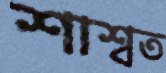
শাশ্বত